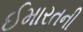
ઈમારતની